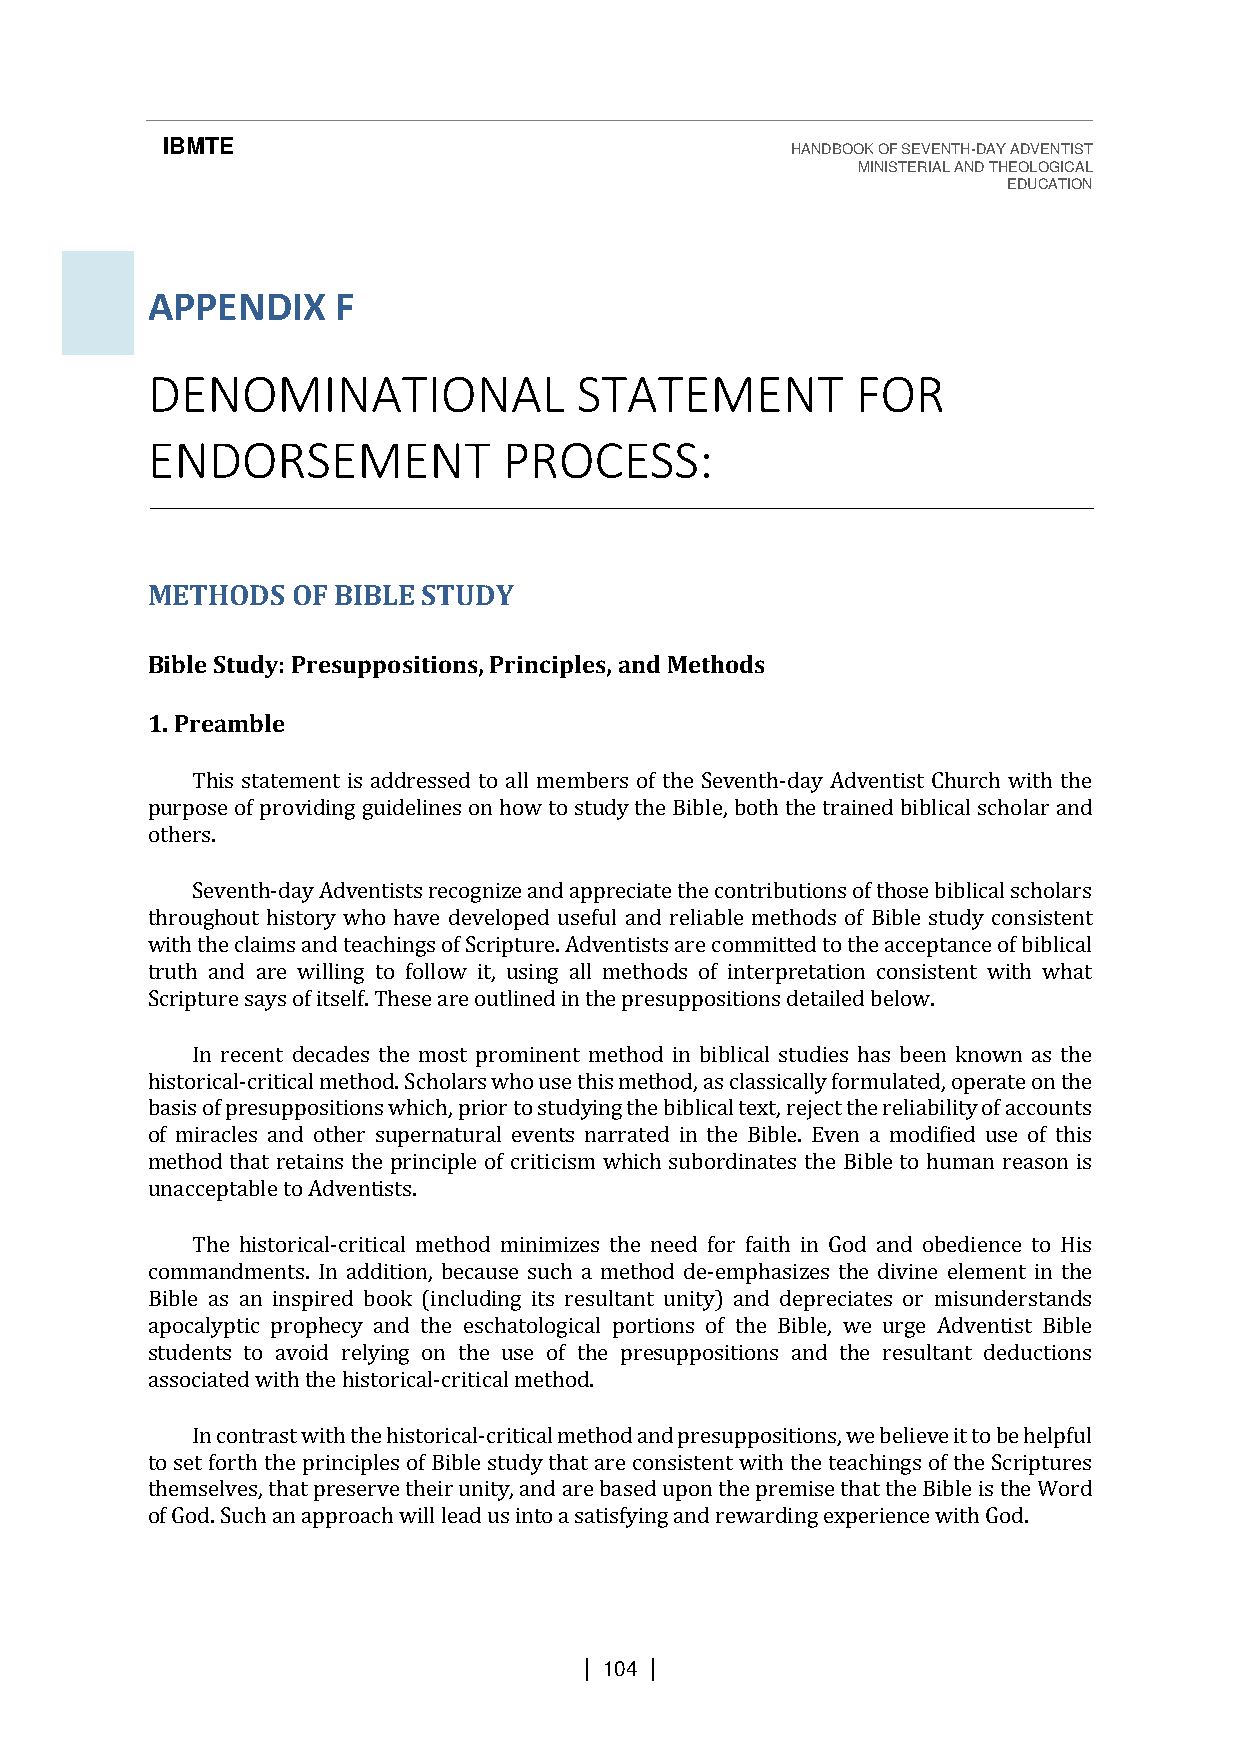
IBMTE                                    HANDBOOK OF SEVENTH-DAY ADVENTIST
 MINISTERIAL AND THEOLOGICAL
 EDUCATION
 APPENDIX    F
 DENOMINATIONAL              STATEMENT          FOR
 ENDORSEMENT            PROCESS:
 METHODS  OF BIBLE STUDY
 Bible Study: Presuppositions, Principles, and Methods
 1. Preamble
 This statement is addressed to all members of the Seventh-day Adventist Church with the
 purpose of providing guidelines on how to study the Bible, both the trained biblical scholar and
 others.
 Seventh-day Adventists recognize and appreciate the contributions of those biblical scholars
 throughout history who have developed useful and reliable methods of Bible study consistent
 with the claims and teachings of Scripture. Adventists are committed to the acceptance of biblical
 truth and are willing to follow it, using all methods of interpretation consistent with what
 Scripture says of itself. These are outlined in the presuppositions detailed below.
 In recent decades the most prominent method in biblical studies has been known as the
 historical-critical method. Scholars who use this method, as classically formulated, operate on the
 basis of presuppositions which, prior to studying the biblical text, reject the reliability of accounts
 of miracles and other supernatural events narrated in the Bible. Even a modified use of this
 method that retains the principle of criticism which subordinates the Bible to human reason is
 unacceptable to Adventists.
 The historical-critical method minimizes the need for faith in God and obedience to His
 commandments. In addition, because such a method de-emphasizes the divine element in the
 Bible as an inspired book (including its resultant unity) and depreciates or misunderstands
 apocalyptic prophecy and the eschatological portions of the Bible, we urge Adventist Bible
 students to avoid relying on the use of the presuppositions and the resultant deductions
 associated with the historical-critical method.
 In contrast with the historical-critical method and presuppositions, we believe it to be helpful
 to set forth the principles of Bible study that are consistent with the teachings of the Scriptures
 themselves, that preserve their unity, and are based upon the premise that the Bible is the Word
 of God. Such an approach will lead us into a satisfying and rewarding experience with God.
 | 104 |